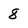
Character: 8